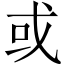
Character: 或